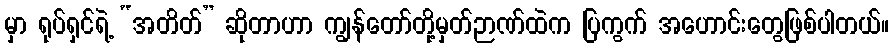
မှာ ရုပ်ရှင်ရဲ့ “အတိတ်” ဆိုတာဟာ ကျွန်တော်တို့မှတ်ဉာဏ်ထဲက ပြကွက် အဟောင်းတွေဖြစ်ပါတယ်။